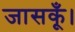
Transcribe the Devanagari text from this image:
जासकूँ।